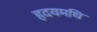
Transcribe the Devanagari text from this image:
हृदयमधि